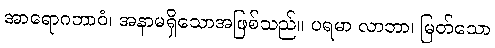
အာရောဂဘာဝံ၊ အနာမရှိသောအဖြစ်သည်။ ပရမာ လာဘာ၊ မြတ်သော